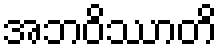
အဘဝိဿာတိ